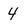
Character: 4